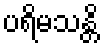
ပရိမသန္တိ